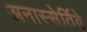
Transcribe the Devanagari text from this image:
अनास्सेर्तिवे